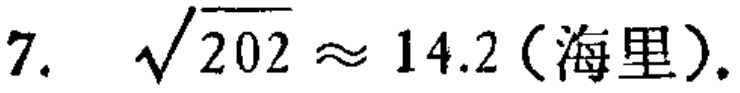
7. $\sqrt{202} \approx 14.2 (\text{海里})$